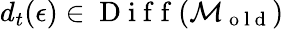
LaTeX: d_{t}(\epsilon)\in\mathrm{~D~i~f~f~}(\mathcal{M}_{\mathrm{~o~l~d~}})